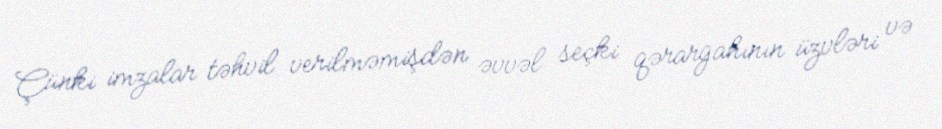
Çünki imzalar təhvil verilməmişdən əvvəl seçki qərargahının üzvləri və